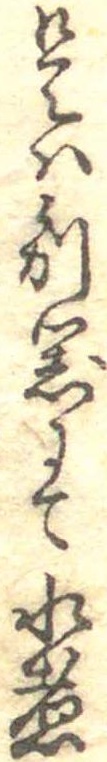
是は別器にて水煮